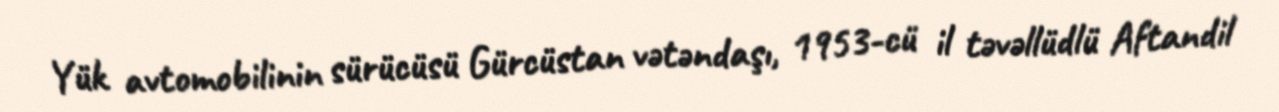
Yük avtomobilinin sürücüsü Gürcüstan vətəndaşı, 1953-cü il təvəllüdlü Aftandil